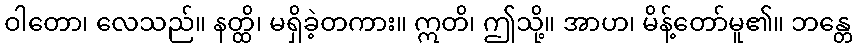
ဝါတော၊ လေသည်။ နတ္ထိ၊ မရှိခဲ့တကား။ ဣတိ၊ ဤသို့။ အာဟ၊ မိန့်တော်မူ၏။ ဘန္တေ